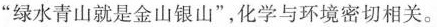
“绿水青山就是金山银山”，化学与环境密切相关。